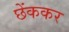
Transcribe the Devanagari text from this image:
छेंककर